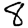
Digit: 8